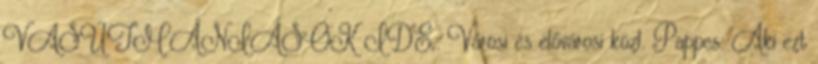
VASÚTMÁNIÁSOK IDE,. Városi és elővárosi közl. Pappcs: Aki ezt